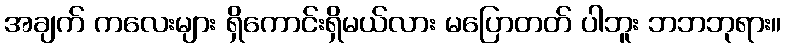
အချက် ကလေးများ ရှိကောင်းရှိမယ်လား မပြောတတ် ပါဘူး ဘဘဘုရား။